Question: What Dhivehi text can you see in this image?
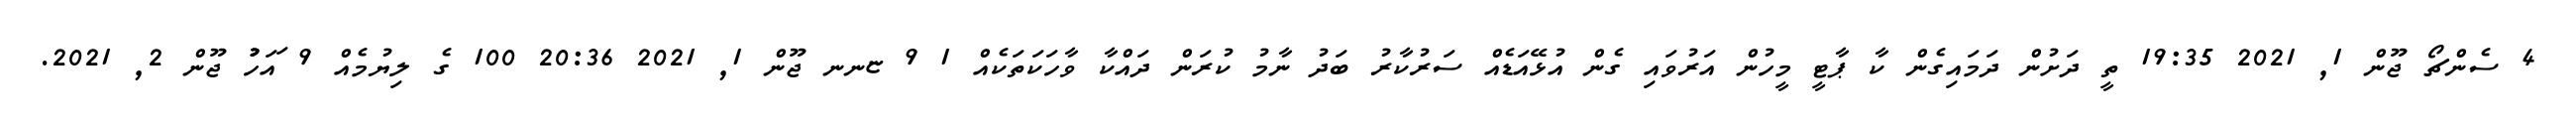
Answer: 4 ސެންޗޯ ޖޫން 1, 2021 19:35 ތީ ދަށުން ދަމައިގެން ކާ ޕާޓީ މީހުން އަރުވައި ގެން އުޅޭއަޑެއް ސަރުކާރު ބަދު ނާމު ކުރަން ދައްކާ ވާހަކަތަކެއް 1 9 ޏނނ ޖޫން 1, 2021 20:36 100 ގެ ލިޔުމެއް 9 ައަހުުު ޖޫން 2, 2021.